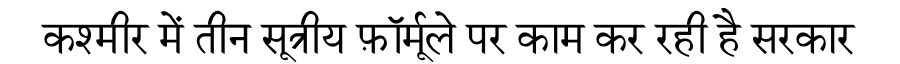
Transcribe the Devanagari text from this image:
कश्मीर में तीन सूत्रीय फ़ॉर्मूले पर काम कर रही है सरकार